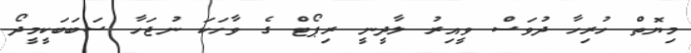
މިޔޮތް ހުރިހާ ދުވަސް ވީއިރު ލާދީނީ ރިޕޯޓް ގެ ވާހަކަ ނުޖަހާ ސަބަބަކީމީދޯ